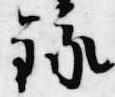
録